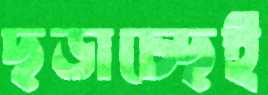
ছড়াচ্ছেই